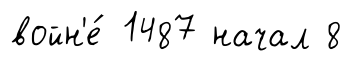
войн'е́ 1487 начал 8